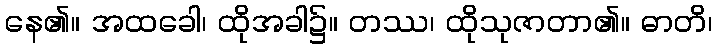
နေ၏။ အထခေါ၊ ထိုအခါ၌။ တဿ၊ ထိုသုဇာတာ၏။ ဓာတိ၊